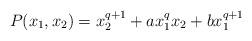
LaTeX: \begin{align*}P(x_1,x_2)=x_2^{q+1}+ax_1^qx_2+bx_1^{q+1}\end{align*}